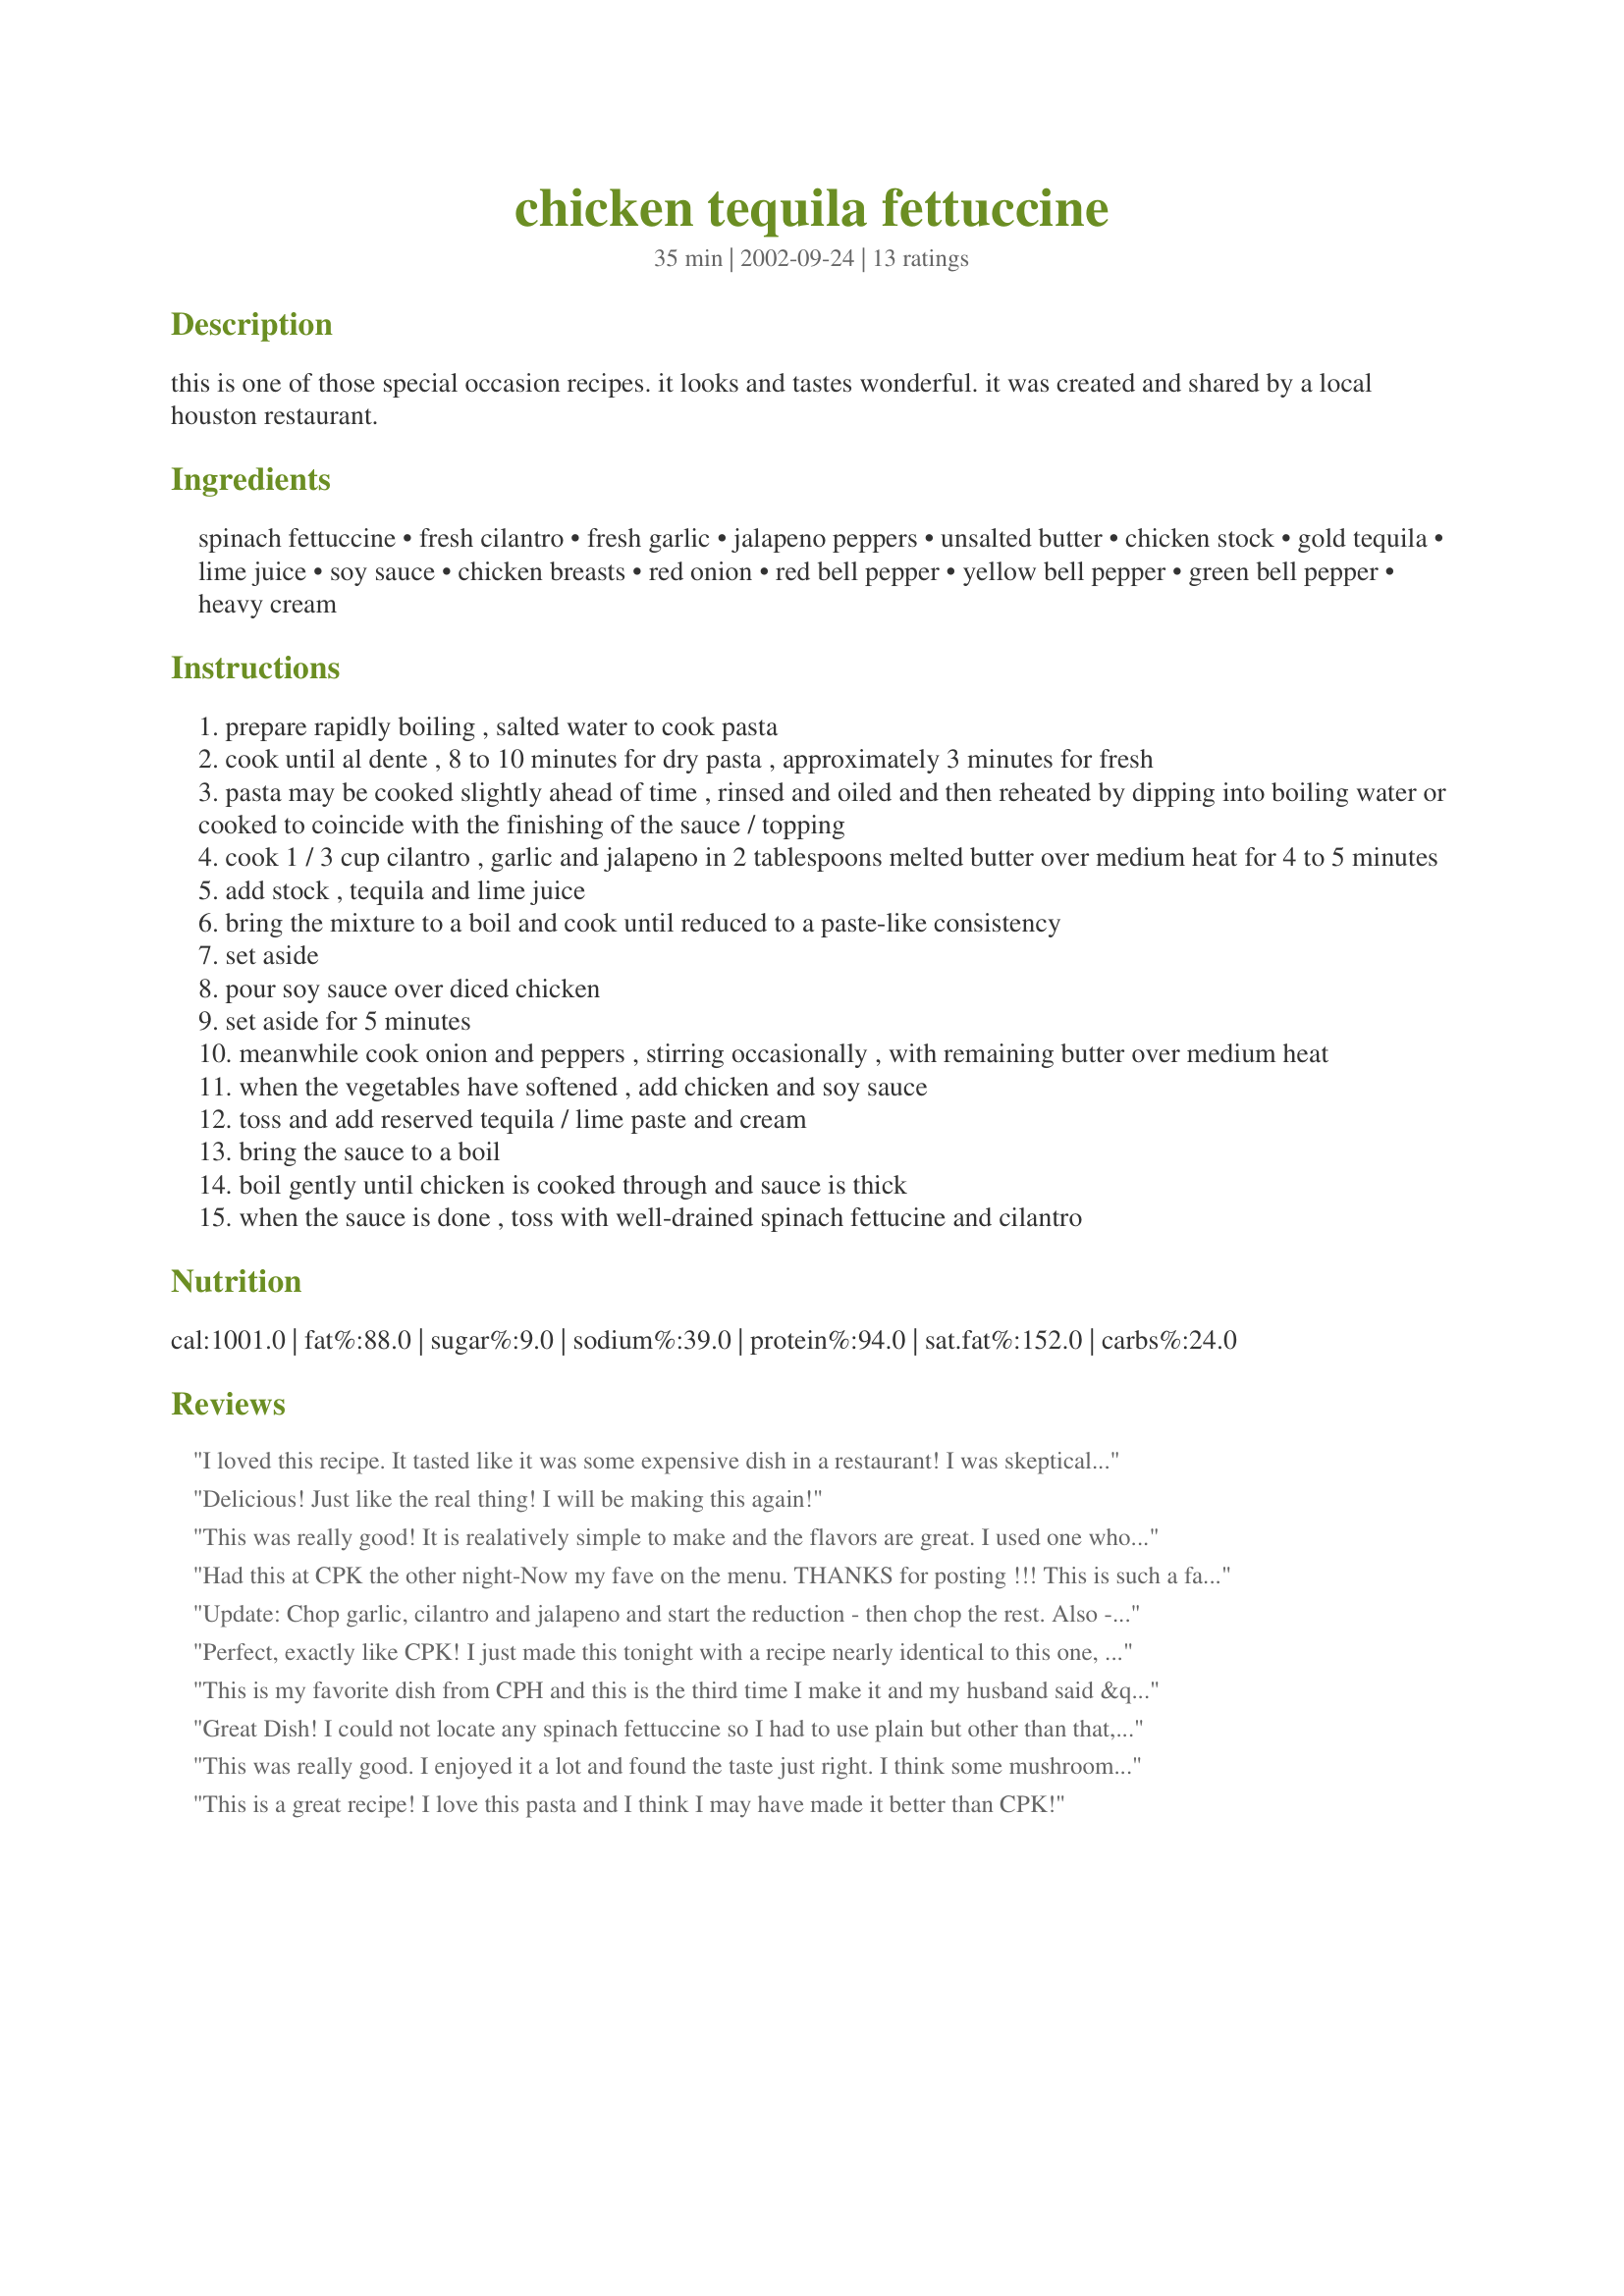
chicken tequila fettuccine
Preparation time: 35 minutes

this is one of those special occasion recipes. it looks and tastes wonderful. it was created and shared by a local houston restaurant.

Ingredients:
spinach fettuccine, fresh cilantro, fresh garlic, jalapeno peppers, unsalted butter, chicken stock, gold tequila, lime juice, soy sauce, chicken breasts, red onion, red bell pepper, yellow bell pepper, green bell pepper, heavy cream

Steps:
prepare rapidly boiling , salted water to cook pasta
cook until al dente , 8 to 10 minutes for dry pasta , approximately 3 minutes for fresh
pasta may be cooked slightly ahead of time , rinsed and oiled and then reheated by dipping into boiling water or cooked to coincide with the finishing of the sauce / topping
cook 1 / 3 cup cilantro , garlic and jalapeno in 2 tablespoons melted butter over medium heat for 4 to 5 minutes
add stock , tequila and lime juice
bring the mixture to a boil and cook until reduced to a paste-like consistency
set aside
pour soy sauce over diced chicken
set aside for 5 minutes
meanwhile cook onion and peppers , stirring occasionally , with remaining butter over medium heat
when the vegetables have softened , add chicken and soy sauce
toss and add reserved tequila / lime paste and cream
bring the sauce to a boil
boil gently until chicken is cooked through and sauce is thick
when the sauce is done , toss with well-drained spinach fettucine and cilantro

Reviews:
I loved this recipe. It tasted like it was some expensive dish in a restaurant! I was skeptical about adding the soy sauce, but it works. I added the tequila, but really didn't notice it much when I tasted the dish. I halved the recipe for my family and found that there wasn't enough sauce, so I ended up doubling the sauce. So I would say to others to use either half the pasta (I used dry) for the recipe or double the sauce for a whole pound. I also added some fresh cilantro on top when I served it. I wasn't sure my 11 yo daughter would like this but she had seconds! I'll have to hide the parmesan from my dh when he gets home as this is not really a parmesan-type dish. I saw this recipe on another website that this is a dish at California Pizza Kitchen restaurants. I may have to order it next time I eat there to see the comparison! Thanks for posint.
Delicious! Just like the real thing! I will be making this again!
This was really good! It is realatively simple to make and the flavors are great. I used one whole jalepeno, seeds and all, and it was just enough spice to let you know that it was there but not hot enough to make it inedible. **Side note, Be careful when handling chile peppers. I forgot to wash my hands after chopping it. I rubbed my eyes and you would have thought someone was killing me!!** The colorful bell peppers add a nice touch to make it appealing to the eye too. I took the left overs to work and shared them with my office staff. The boss asked for the recipe! Overall, this is a very easy, tasty recipe that I will most definately make again!
Had this at CPK the other night-Now my fave on the menu. THANKS for posting !!! This is such a fantastic dish!!
Update: Chop garlic, cilantro and jalapeno and start the reduction - then chop the rest. Also - important!!! I used 1/2 and 1/2 and it worked just as well as the heavy cream. Save yourself a few calories and use 1/2 and 1/2 with no loss of flavor! Prior review: This was JUST like CPK... couple of tips... cut and chop and prepare all ingredients first... Then start to cook. I reduced the jalapeno (lots of jalapeno - but no membrane / no seeds), stock, cilantro mixture on low simmer for a long time -- as our dinner was delayed. I suspect on a somewhat aggressive boil you could do this in 20 - 30 min... I think I simmered for about an hour... I got this down till all the stock / tequila was basically evaporated and only vegetables and the butter remained. I did 2X the ingredients to 24oz of dry macaroni. I was concerned that the veg / cream mixture was not going to thicken - but once I added the al dente macaroni and all was in a single (large) pan - the cream was soaked up by the pasta and it was just a smidge too dry. (for my taste). Given a double recipe - it was 8 Large servings (3 oz pasta ea). Some guests took take-home containers... All diners agreed I could have had more peppers and onions. So...next time - I&#039;d probably do 1.5 sauce and 2X vegetables for 1X pasta - when I make this again. Because this rocked it out. SO GOOD. Hubby used to order this at CPK - and asked if it was too much work to cook just for him. LOL. Will be making again... and I suspect I&#039;ll be trying it with 1/2 and 1/2 to see about bringing this down a bit in calories.
Perfect, exactly like CPK! I just made this tonight with a recipe nearly identical to this one, but not found on this site. If you don't have a few hours to devote to this dish from beginning to end, I would recommend doing all the prep work ahead and/or making the cream sauce ahead. Please note, the most important part of this recipe is the cream sauce and it is very important to get it to a paste like consistency. This may take 10-15 minutes once the stock, etc. is added. In the similar recipe I used, the cream is added to the cilantro garlic paste and reduced down my a half cup. I also used a total of 5-6 tbls (3 small limes) of fresh lime in both the sauce and the chicken. You may skin the jalepenos (by blistering 4 mins and removing skin with paper towel) before you mince them to make a smoother sauce. Don't skimp on ingredients if you want the CPK experience. Also if you are worried about calories or fat, this recipe is not for YOU. The time to prepare this to completion was 2.25 hours of which most is prep work. I could not tell the difference between my version and CPK and this is one of my most favorite pasta dishes on earth.
This is my favorite dish from CPH and this is the third time I make it and my husband said &quot; Why to got CPK when I can have it at home&quot; =]. The first time I made this pasta I used the regular fettuccine, but I highly recommend you to use the spinach fettuccine, it taste way better than the regular fettuccine!. Thank you for this recipe!
Great Dish! I could not locate any spinach fettuccine so I had to use plain but other than that, made it "as is" and wow - what a great meal!! Do not leave out the fresh cilantro on top - I missed it in the beginning and the taste difference between with and without is huge. This one is a keeper!
This was really good. I enjoyed it a lot and found the taste just right. I think some mushrooms would be a great addition. I will make this again for sure.
This is a great recipe! I love this pasta and I think I may have made it better than CPK!
This is a favorite of mine. I order it whenever I go to CPK, and have made this from the cookbook as well. My cookbook is still buried in moving boxes - thanks for posting!
This is one of my all time favorite dishes. When I lived in Dallas I frequented the CPK (California Pizza Kitchen) and this was my regular order. After moving to rural Louisiana this recipe has cured my cravings more than once! 
This is such a wonderful, special dish. Getting cravings now...
Unfortunately hubby has to buy the spinanch fettucinne on his frequent trips to Dallas as our rural type grocery stores don't stock it :(
I made this tonight for dinner. I substituted a few ingredients due to taste of family members. Banana peppers for jalapeÃ±o peppers. Vandalia onions for red onions. Roasted garlic for fresh garlic. Putting everything together seemed a bit fast paced. It didnâ€™t take as long as I thought it would. The result was worth it. The Spinach fettuccine was very good & everyone loved it. The cream sauce wasnâ€™t very tasty looking but it was delicious! Thanks for a great new dish! Kathy
